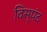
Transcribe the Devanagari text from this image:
विस्पंद